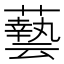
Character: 𮒛